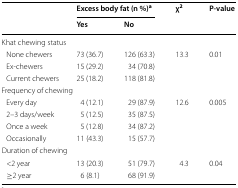
<table><thead><tr><td rowspan="2"></td><td colspan="2"><b>Excess body fat (n %)<sup>a</sup></b></td><td rowspan="2"><b>χ<sup>2</sup></b></td><td rowspan="2"><b>P-value</b></td></tr><tr><td><b>Yes</b></td><td><b>No</b></td></tr></thead><tbody><tr><td colspan="5">Khat chewing status</td></tr><tr><td> None chewers</td><td>73 (36.7)</td><td>126 (63.3)</td><td>13.3</td><td>0.01</td></tr><tr><td> Ex-chewers</td><td>15 (29.2)</td><td>34 (70.8)</td><td></td><td></td></tr><tr><td> Current chewers</td><td>25 (18.2)</td><td>118 (81.8)</td><td></td><td></td></tr><tr><td colspan="5">Frequency of chewing</td></tr><tr><td> Every day</td><td>4 (12.1)</td><td>29 (87.9)</td><td>12.6</td><td>0.005</td></tr><tr><td> 2–3 days/week</td><td>5 (12.5)</td><td>35 (87.5)</td><td></td><td></td></tr><tr><td> Once a week</td><td>5 (12.8)</td><td>34 (87.2)</td><td></td><td></td></tr><tr><td> Occasionally</td><td>11 (43.3)</td><td>15 (57.7)</td><td></td><td></td></tr><tr><td colspan="5">Duration of chewing</td></tr><tr><td> &lt;2 year</td><td>13 (20.3)</td><td>51 (79.7)</td><td>4.3</td><td>0.04</td></tr><tr><td> ≥2 year</td><td>6 (8.1)</td><td>68 (91.9)</td><td></td><td></td></tr></tbody></table>